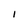
Character: I